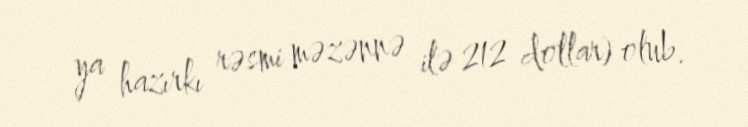
ya hazırkı rəsmi məzənnə ilə 212 dollar) olub.